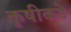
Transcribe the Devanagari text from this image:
कृषीकडे